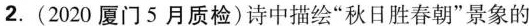
2.(2020厦门5月质检)诗中描绘“秋日胜春朝”景象的